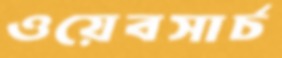
ওয়েবসার্চ